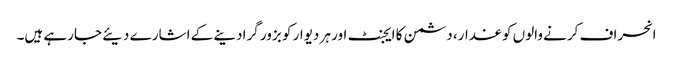
انحراف کرنے والوں کو غدار، دشمن کا ایجنٹ اور ہر دیوار کو بزور گرادینے کے اشارے دیئے جارہے ہیں۔